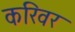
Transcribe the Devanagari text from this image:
करिवर